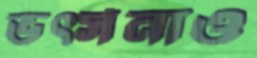
ভর্ত্সনাও